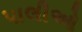
પાલીઓ